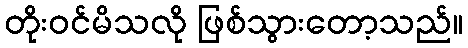
တိုးဝင်မိသလို ဖြစ်သွားတော့သည်။